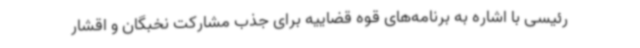
رئیسی با اشاره به برنامه‌های قوه قضاییه برای جذب مشارکت نخبگان و اقشار